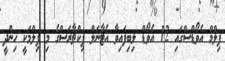
ފިލްމް އެވޯޑްސްގައި 12 އެވޯޑް ލިބިފައިވާ އެޓާނަލް ޕިކްޗާރަސްގެ މި ފިލްމަކީ ހިންދީ